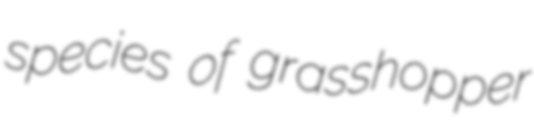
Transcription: species of grasshopper